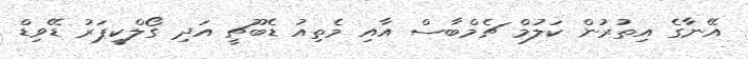
އޭނާގެ އިތުރުން ކަލުމް ޗެމްބާސް އާއި މެތިއު ޑެބޫޗީ އަދި ގޯލްކީޕަރު ޑޭވިޑް